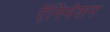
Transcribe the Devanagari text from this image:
ऍनिमेशन